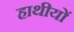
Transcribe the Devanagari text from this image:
हाथीयों